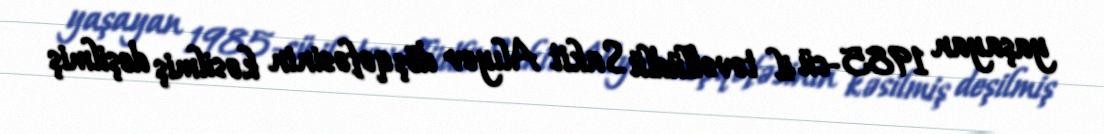
yaşayan 1985-cü il təvəllüdlü Sakit Alıyev döş qəfəsinin kəsilmiş deşilmiş